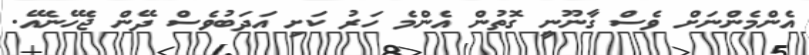
އެންމެންނަށް ވެސް ގާނޫނީ ގޮތުން އެންމެ ހަރު ކަށި އަދަބުވެސް ދޭން ޖެހޭނެއޭ.